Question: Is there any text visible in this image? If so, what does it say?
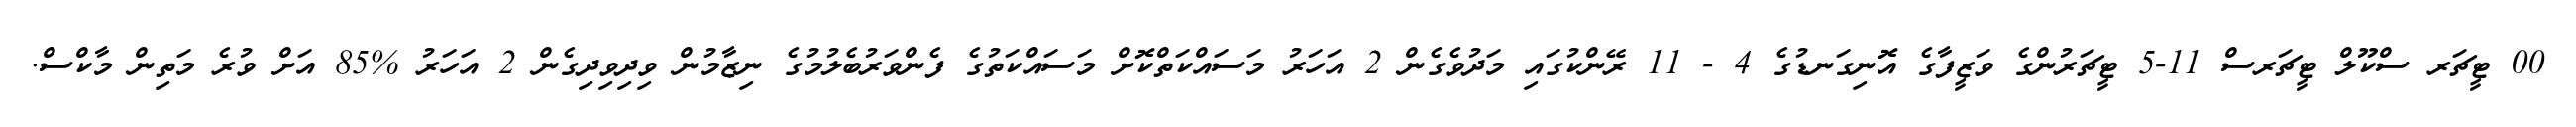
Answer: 00 ޓީޗަރ ސްކޫލް ޓީޗަރސް 11-5 ޓީޗަރުންގެ ވަޒީފާގެ އޮނިގަނޑުގެ 4 - 11 ރޭންކުގައި މަދުވެގެން 2 އަހަރު މަސައްކަތްކޮށް މަސައްކަތުގެ ފެންވަރުބެލުމުގެ ނިޒާމުން ވިދިވިދިގެން 2 އަހަރު %85 އަށް ވުރެ މަތިން މާކްސް.